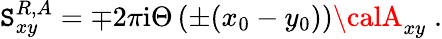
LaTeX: \mathtt{S}_{xy}^{R,A}=\mp2\pi{\mathrm{i}}\Theta\left(\pm(x_{0}-y_{0})\right){\calA}_{xy}\; .